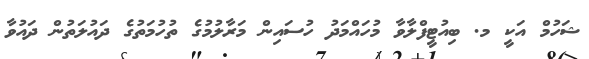
ޝަހުމް އަކީ މ. ބިއުޓީފްލާވާ މުހައްމަދު ހުސައިން މަރާލުމުގެ ތުހުމަތުގެ ދައުލަތުން ދައުވާ